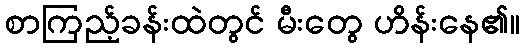
စာကြည့်ခန်းထဲတွင် မီးတွေ ဟိန်းနေ၏။